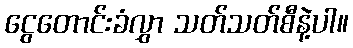
ငွေတောင်းခံလွှာ သတ်သတ်စီနဲ့ပါ။